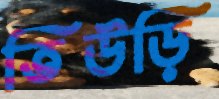
তিউড়ি